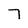
Character: 7